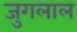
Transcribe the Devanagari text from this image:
जुगलाल